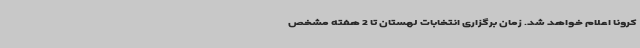
کرونا اعلام خواهد شد. زمان برگزاری انتخابات لهستان تا 2 هفته مشخص